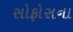
સોફોસના